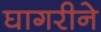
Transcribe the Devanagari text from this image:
घागरीने